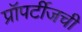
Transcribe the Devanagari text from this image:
प्रॉपर्टीजची